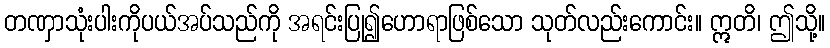
တဏှာသုံးပါးကိုပယ်အပ်သည်ကို အရင်းပြု၍ဟောရာဖြစ်သော သုတ်လည်းကောင်း။ ဣတိ၊ ဤသို့။